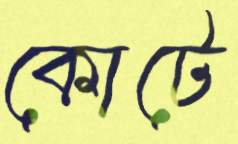
কোটে